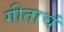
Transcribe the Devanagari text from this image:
गीताचं